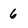
Character: 6